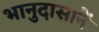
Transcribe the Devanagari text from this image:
भानुदासानें